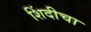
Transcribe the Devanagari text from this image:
शिंदीचा